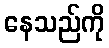
နေသည်ကို